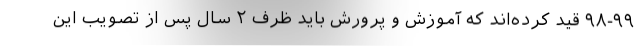
۹۸-۹۹ قید کرده‌اند که آموزش و پرورش باید ظرف ۲ سال پس از تصویب این